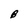
Character: B